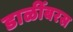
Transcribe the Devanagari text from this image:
डाळींबरस